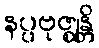
နပ္ပဗုဇ္ဈန္တိ